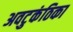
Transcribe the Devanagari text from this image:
अवटुकंठिका